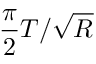
\frac { \pi } { 2 } T / \sqrt { R }